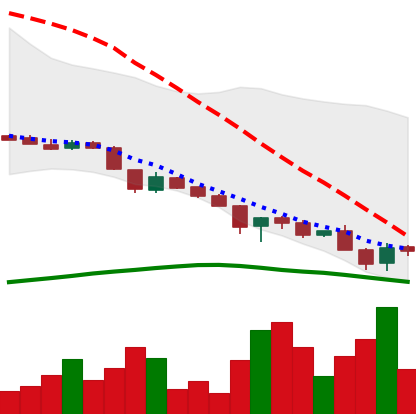
Ticker: DOGE-USD
Chart end date: 2018-11-22
Forward return: -13.474%
Label: down_7plus